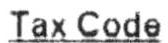
TAX CODE